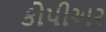
કોપીઅર